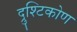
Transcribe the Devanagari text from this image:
द्रुश्टिकोण